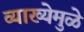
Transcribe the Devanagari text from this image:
व्याख्येमुळे